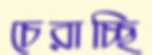
চেরাচ্ছি